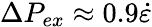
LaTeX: \Delta P_{ex}\approx 0.9\dot{\varepsilon}